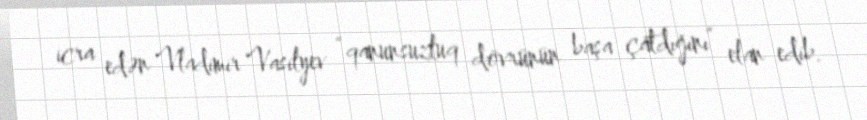
icra edən Vladimir Vasilyev “qanunsuzluq dövrünün başa çatdığını” elan edib.